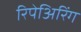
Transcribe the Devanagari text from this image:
रिपेअिरिंग